Rae_vallavalitsus, lk 72
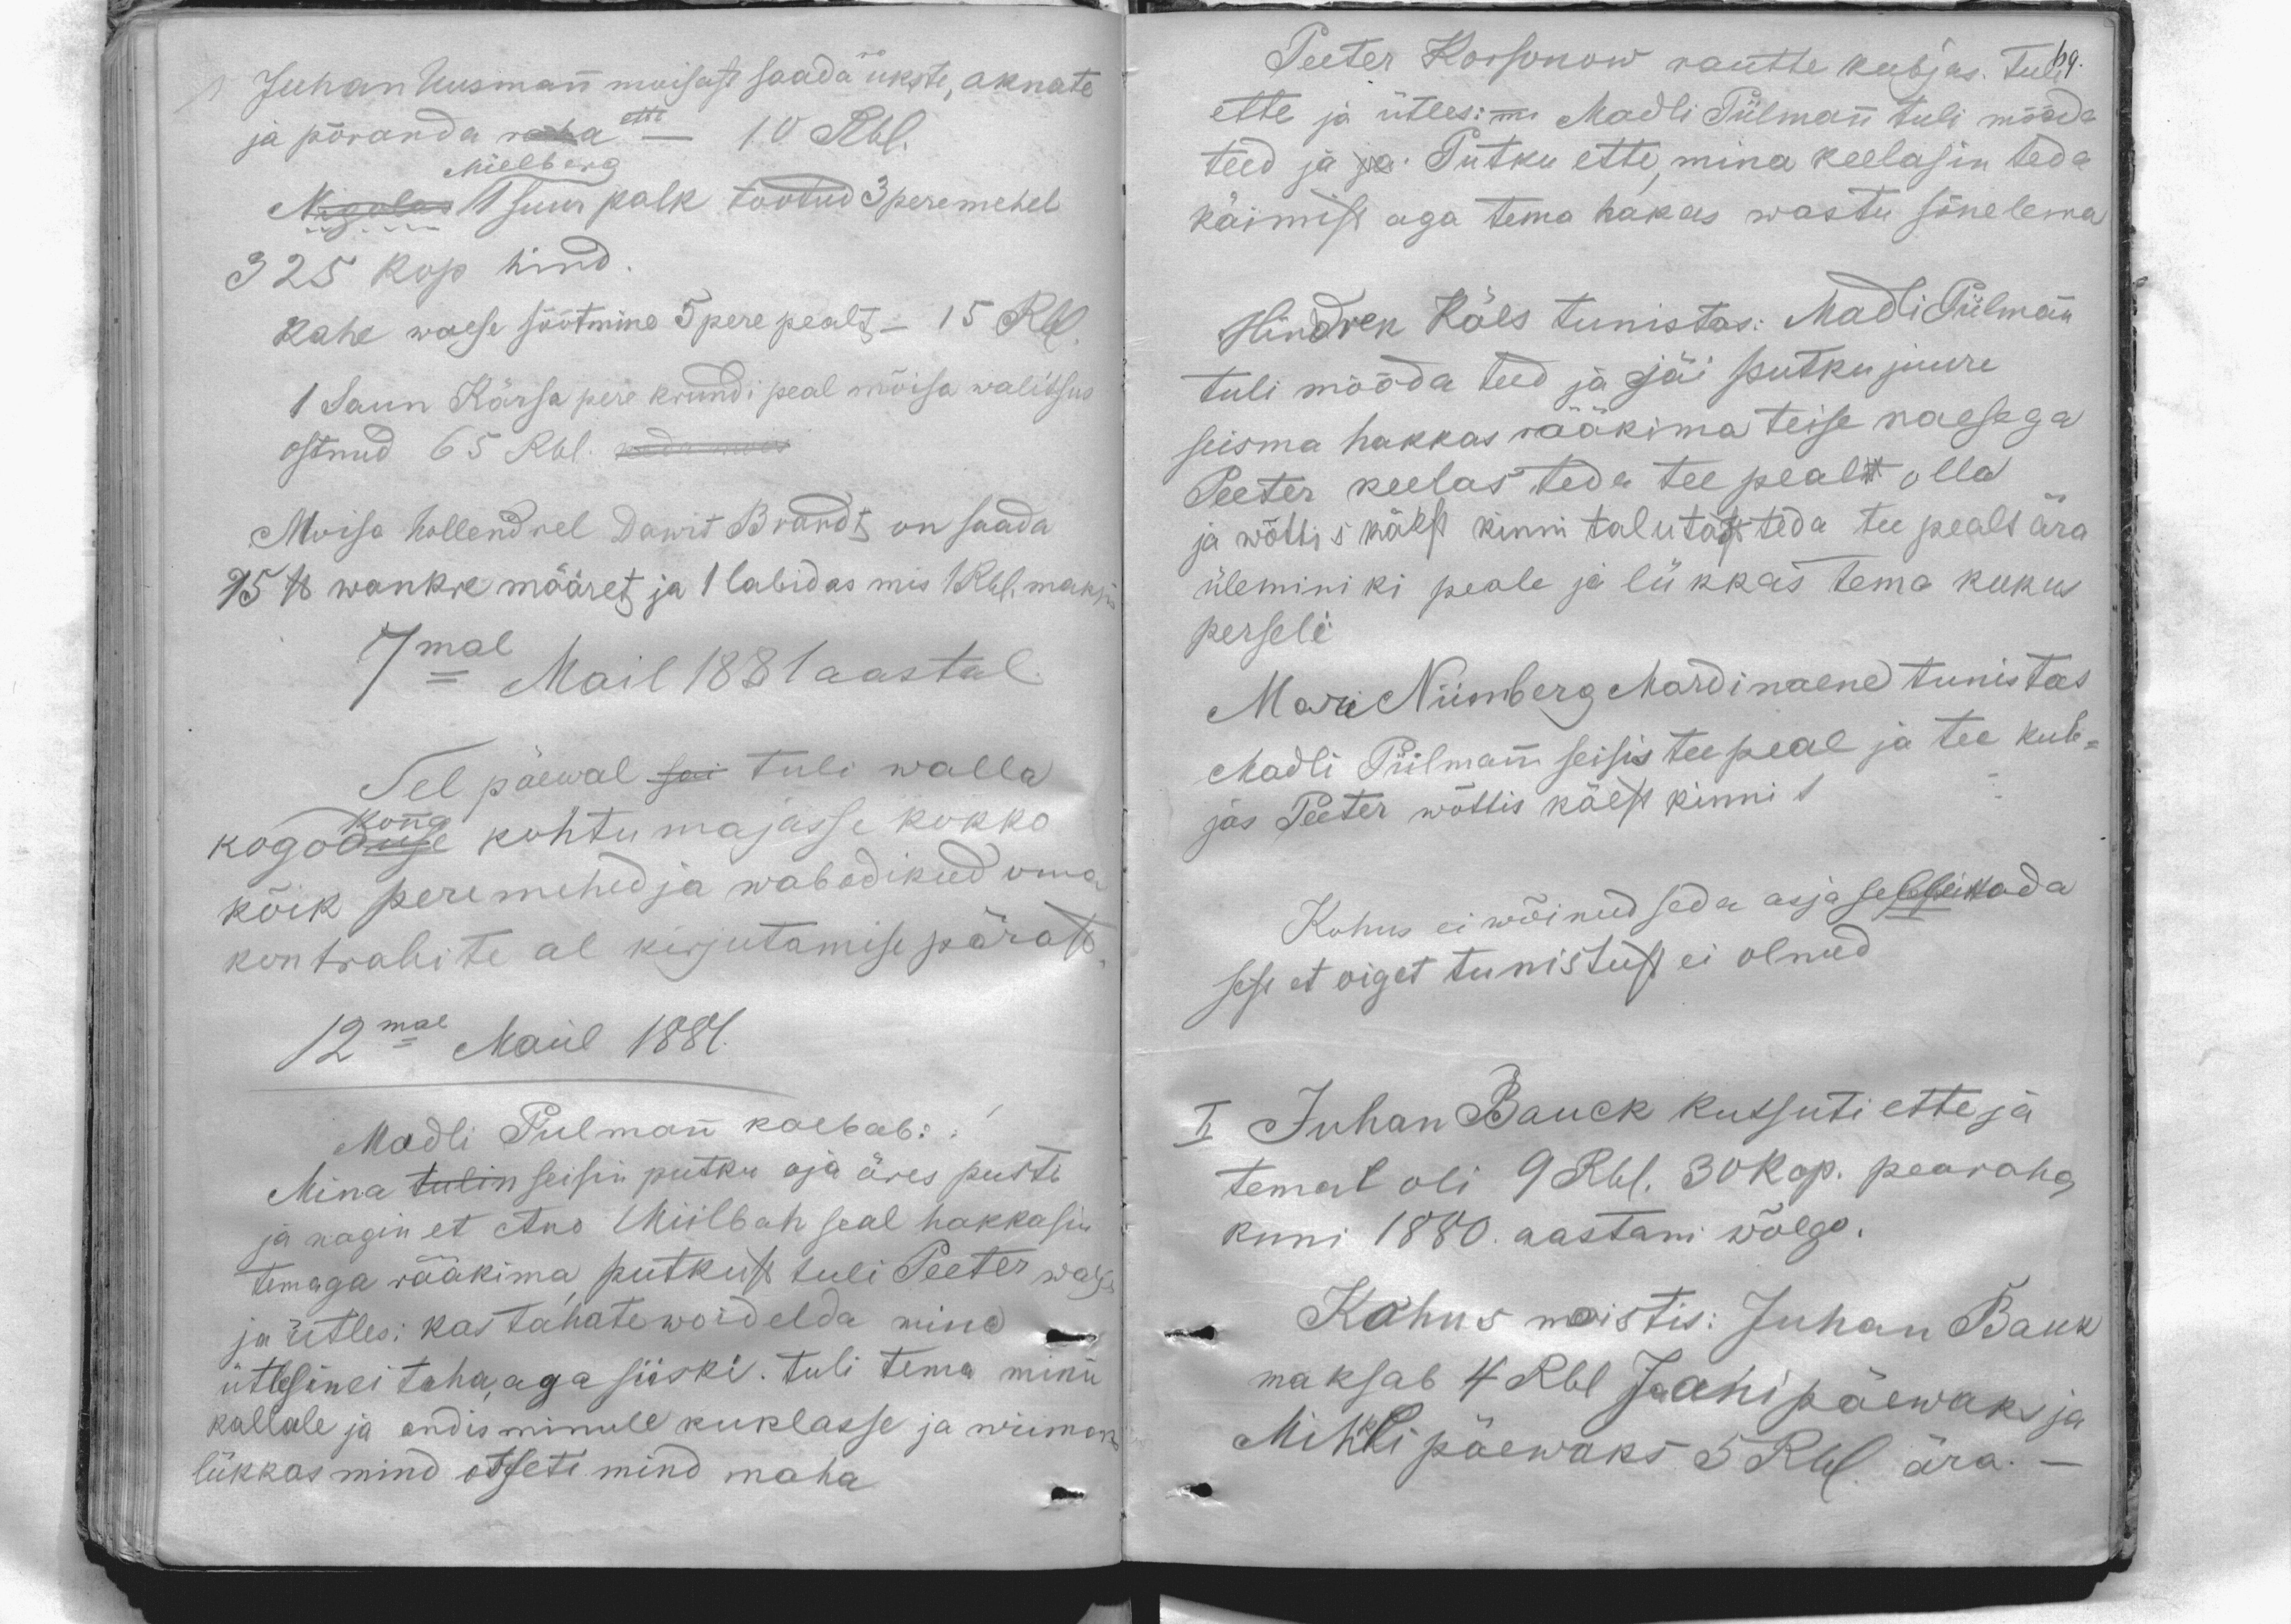
Juhan Uusmann moisast saada ukste, aknate
ette
ja põranda raha - 10 Rbl.
Mielberg
Nigolas 1 suur palk tootud 3 peremehel
325 kop hind
kahe waese söötmine 5 pere pealt - 15 Rbl.
1 Saun Kärsa pere krundi peal mõisa walitsus
ostnud 65 Rbl. keda mois
Moisa hollendrel Dawit Brandt on saada
15 lb wankre määret ja 1 labidas mis 1 Rbl. maksin
7mal Mail 1881 aastal
Sel päewal sai tuli walla
kogoduse kohtumajasse kokko
konna
kõik peremehed ja wabadikud oma
kontrahite al kirjutamise pärast
12mal Mail 1881.
Madli Pulmann kaebab:
Mina tulin seisin putku oja äres pusti
ja nägin et Ans Miilbah seal hakkasin
temaga rääkima putkust tuli Peeter walja
ja ütles: kas tahate woidelda mina
ütlesin ei taha, aga siiski. tuli tema minu
kallale ja andis minule kuklasse ja wiiman
lükkas mind otseti mind maha

Peeter Korsonow rautte kubjas. tuli 69.
ette ja ütles: mi Madli Piilmann tuli mööda
teed ja ja. Putku ette, mina keelasin teda
käimist aga tema hakas wastu sõnelema
Hindrek Käes tunistas: Madli Piilmann
tuli mööda teed ja jäi putku juure
seisma hakkas rääkima teise naesega
Peeter keelas teda tee pealt olla
ja wõttis käest kinni talutas teda tee pealt ära
üleminiki peale ja lükkas tema kukus
perseli
Mari Niimberg Mardi naene tunistas
Madli Piilmann seisis tee peal ja tee kub-
jas Peeter wõttis käest kinni 1
Kohus ei wõinud seda asja sellettada
sest et oiget tunistust ei olnud
II Juhan Bauck kutsuti ette ja
temal oli 9 Rbl. 30 kop. pearaha,
kuni 1880. aastani wõlgo.
Kohus moistis: Juhan Bauk
maksab 4 Rbl Jaani päewaks ja
Mihkli päewaks 5 Rbl. ära.-